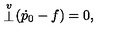
\stackrel { \scriptstyle v } { \bot } \! ( { \dot { p } } _ { 0 } - f ) = 0 ,